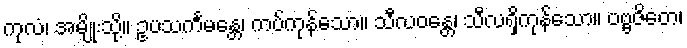
ကုလံ၊ အမျိုးသို့။ ဥပသင်္ကမန္တေ၊ ကပ်ကုန်သော။ သီလဝန္တေ၊ သီလရှိကုန်သော။ ပဗ္ဗဇိတေ၊